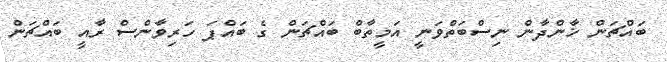
ބައްޗަން ޚާންދާން ނިސްބަތްވަނީ އަމީތާބް ބައްޗަން ގެ ބައްޕަ ހަރިވާންސް ރާއީ ބައްޗަން